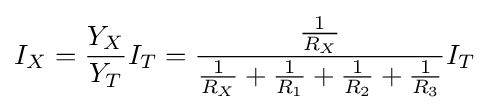
I_{X}={\frac {Y_{X}}{Y_{T}}}I_{T}={\frac {\frac {1}{R_{X}}}{{\frac {1}{R_{X}}}+{\frac {1}{R_{1}}}+{\frac {1}{R_{2}}}+{\frac {1}{R_{3}}}}}I_{T}